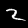
Label: 2